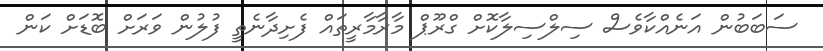
ސަބަބުން އަނެއްކާވެސް ސިލްސިލާކޮށް ގްރޫޕް މާރާމާރީތައް ފެށިދާނެތީ ފުލުން ވަރަށް ބޮޑަށް ކަން